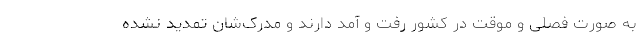
به صورت فصلی و موقت در کشور رفت و آمد دارند و مدرک‌شان تمدید نشده